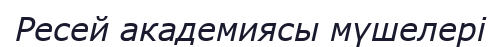
Ресей академиясы мүшелері